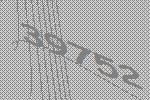
39752